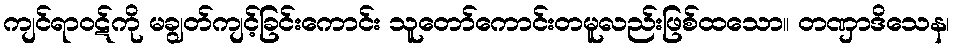
ကျင်ရာဝဋ်ကို မချွတ်ကျင့်ခြင်းကောင်း သူတော်ကောင်းတမူလည်းဖြစ်ထသော။ တဏှာဒိသေန၊